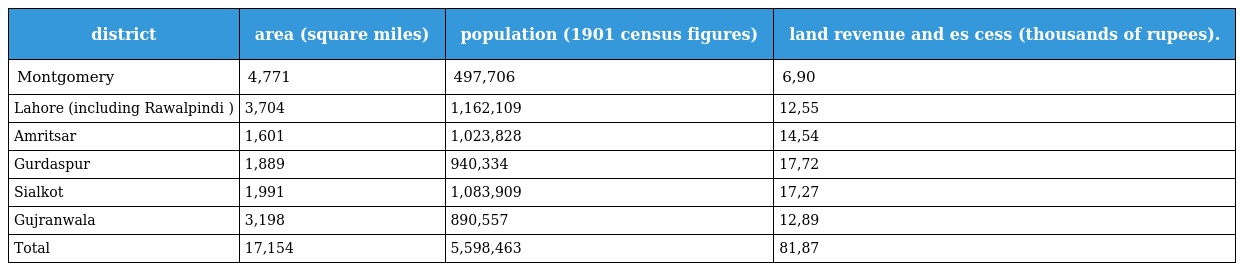
| district | area (square miles) | population (1901 census figures) | land revenue and es cess (thousands of rupees). |
 | --- | --- | --- | --- |
 | Montgomery | 4,771 | 497,706 | 6,90 |
 | Lahore (including Rawalpindi ) | 3,704 | 1,162,109 | 12,55 |
 | Amritsar | 1,601 | 1,023,828 | 14,54 |
 | Gurdaspur | 1,889 | 940,334 | 17,72 |
 | Sialkot | 1,991 | 1,083,909 | 17,27 |
 | Gujranwala | 3,198 | 890,557 | 12,89 |
 | Total | 17,154 | 5,598,463 | 81,87 |